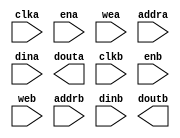
module block_ram(
  clka,
  ena,
  wea,
  addra,
  dina,
  douta,
  clkb,
  enb,
  web,
  addrb,
  dinb,
  doutb
);

input clka;
input ena;
input [7 : 0] wea;
input [10 : 0] addra;
input [63 : 0] dina;
output [63 : 0] douta;
input clkb;
input enb;
input [15 : 0] web;
input [9 : 0] addrb;
input [127 : 0] dinb;
output [127 : 0] doutb;

// synthesis translate_off

  BLK_MEM_GEN_V7_3 #(
    .C_ADDRA_WIDTH(11),
    .C_ADDRB_WIDTH(10),
    .C_ALGORITHM(1),
    .C_AXI_ID_WIDTH(4),
    .C_AXI_SLAVE_TYPE(0),
    .C_AXI_TYPE(1),
    .C_BYTE_SIZE(8),
    .C_COMMON_CLK(0),
    .C_DEFAULT_DATA("0"),
    .C_DISABLE_WARN_BHV_COLL(0),
    .C_DISABLE_WARN_BHV_RANGE(0),
    .C_ENABLE_32BIT_ADDRESS(0),
    .C_FAMILY("virtex5"),
    .C_HAS_AXI_ID(0),
    .C_HAS_ENA(1),
    .C_HAS_ENB(1),
    .C_HAS_INJECTERR(0),
    .C_HAS_MEM_OUTPUT_REGS_A(0),
    .C_HAS_MEM_OUTPUT_REGS_B(0),
    .C_HAS_MUX_OUTPUT_REGS_A(0),
    .C_HAS_MUX_OUTPUT_REGS_B(0),
    .C_HAS_REGCEA(0),
    .C_HAS_REGCEB(0),
    .C_HAS_RSTA(0),
    .C_HAS_RSTB(0),
    .C_HAS_SOFTECC_INPUT_REGS_A(0),
    .C_HAS_SOFTECC_OUTPUT_REGS_B(0),
    .C_INIT_FILE("BlankString"),
    .C_INIT_FILE_NAME("no_coe_file_loaded"),
    .C_INITA_VAL("0"),
    .C_INITB_VAL("0"),
    .C_INTERFACE_TYPE(0),
    .C_LOAD_INIT_FILE(0),
    .C_MEM_TYPE(2),
    .C_MUX_PIPELINE_STAGES(0),
    .C_PRIM_TYPE(1),
    .C_READ_DEPTH_A(2048),
    .C_READ_DEPTH_B(1024),
    .C_READ_WIDTH_A(64),
    .C_READ_WIDTH_B(128),
    .C_RST_PRIORITY_A("CE"),
    .C_RST_PRIORITY_B("CE"),
    .C_RST_TYPE("SYNC"),
    .C_RSTRAM_A(0),
    .C_RSTRAM_B(0),
    .C_SIM_COLLISION_CHECK("ALL"),
    .C_USE_BRAM_BLOCK(0),
    .C_USE_BYTE_WEA(1),
    .C_USE_BYTE_WEB(1),
    .C_USE_DEFAULT_DATA(0),
    .C_USE_ECC(0),
    .C_USE_SOFTECC(0),
    .C_WEA_WIDTH(8),
    .C_WEB_WIDTH(16),
    .C_WRITE_DEPTH_A(2048),
    .C_WRITE_DEPTH_B(1024),
    .C_WRITE_MODE_A("WRITE_FIRST"),
    .C_WRITE_MODE_B("WRITE_FIRST"),
    .C_WRITE_WIDTH_A(64),
    .C_WRITE_WIDTH_B(128),
    .C_XDEVICEFAMILY("virtex5")
  )
  inst (
    .CLKA(clka),
    .ENA(ena),
    .WEA(wea),
    .ADDRA(addra),
    .DINA(dina),
    .DOUTA(douta),
    .CLKB(clkb),
    .ENB(enb),
    .WEB(web),
    .ADDRB(addrb),
    .DINB(dinb),
    .DOUTB(doutb),
    .RSTA(),
    .REGCEA(),
    .RSTB(),
    .REGCEB(),
    .INJECTSBITERR(),
    .INJECTDBITERR(),
    .SBITERR(),
    .DBITERR(),
    .RDADDRECC(),
    .S_ACLK(),
    .S_ARESETN(),
    .S_AXI_AWID(),
    .S_AXI_AWADDR(),
    .S_AXI_AWLEN(),
    .S_AXI_AWSIZE(),
    .S_AXI_AWBURST(),
    .S_AXI_AWVALID(),
    .S_AXI_AWREADY(),
    .S_AXI_WDATA(),
    .S_AXI_WSTRB(),
    .S_AXI_WLAST(),
    .S_AXI_WVALID(),
    .S_AXI_WREADY(),
    .S_AXI_BID(),
    .S_AXI_BRESP(),
    .S_AXI_BVALID(),
    .S_AXI_BREADY(),
    .S_AXI_ARID(),
    .S_AXI_ARADDR(),
    .S_AXI_ARLEN(),
    .S_AXI_ARSIZE(),
    .S_AXI_ARBURST(),
    .S_AXI_ARVALID(),
    .S_AXI_ARREADY(),
    .S_AXI_RID(),
    .S_AXI_RDATA(),
    .S_AXI_RRESP(),
    .S_AXI_RLAST(),
    .S_AXI_RVALID(),
    .S_AXI_RREADY(),
    .S_AXI_INJECTSBITERR(),
    .S_AXI_INJECTDBITERR(),
    .S_AXI_SBITERR(),
    .S_AXI_DBITERR(),
    .S_AXI_RDADDRECC()
  );

// synthesis translate_on

endmodule